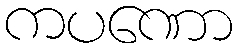
ကပဏော